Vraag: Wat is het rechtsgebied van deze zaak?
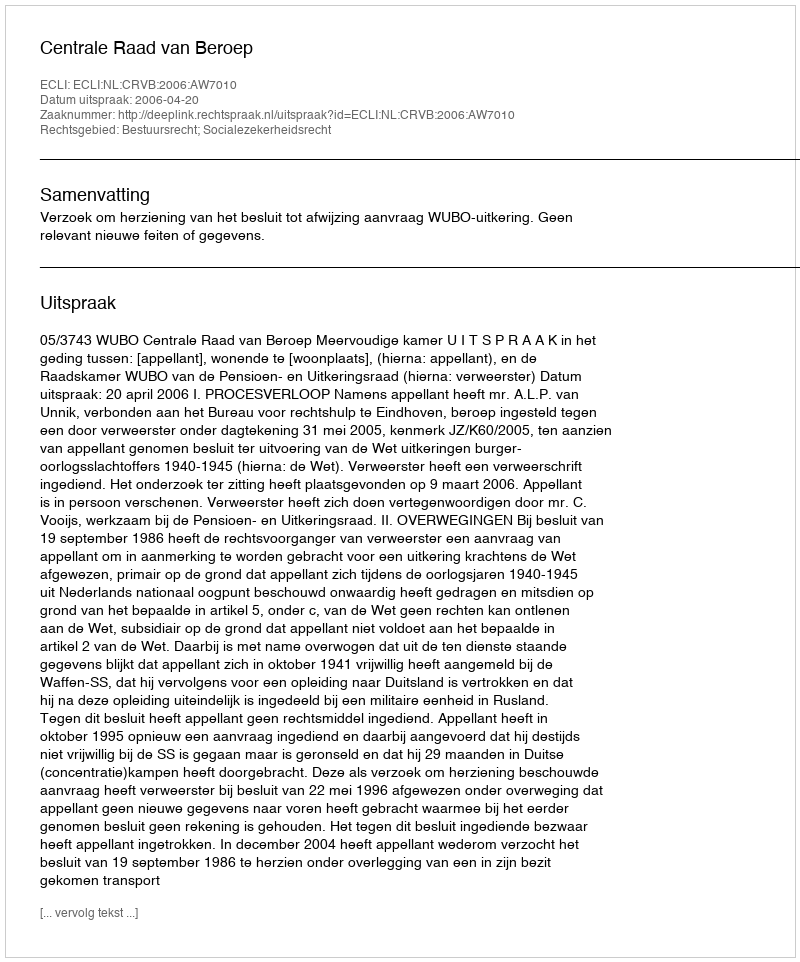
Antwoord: Bestuursrecht; Socialezekerheidsrecht